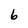
Character: 6